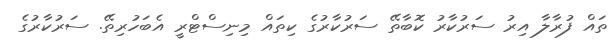
ތައް ފުރާލާ އިރު ސަރުކާރު ކޮބާތޭ ސަރުކާރުގެ ކިތައް މިނިސްޓްރީ އެބަހުރިތޭ. ސަރުކާރުގެ